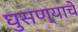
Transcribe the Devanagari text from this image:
घुसण्याचे